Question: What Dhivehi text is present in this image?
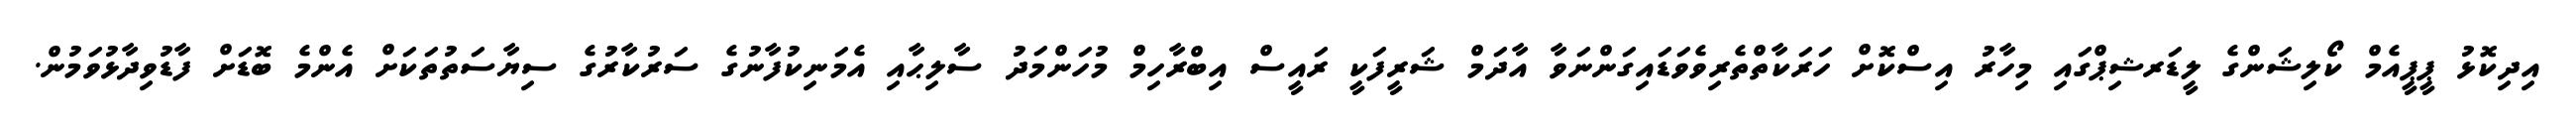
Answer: އިދިކޮޅު ޕީޕީއެމް ކޯލިޝަންގެ ލީޑަރޝިޕްގައި މިހާރު އިސްކޮށް ހަރަކާތްތެރިވެވަޑައިގަންނަވާ އާދަމް ޝަރީފަކީ ރައީސް އިބްރާހިމް މުހަންމަދު ސާލިޙާއި އެމަނިކުފާނުގެ ސަރުކާރުގެ ސިޔާސަތުތަކަށް އެންމެ ބޮޑަށް ފާޑުވިދާޅުވަމުން.